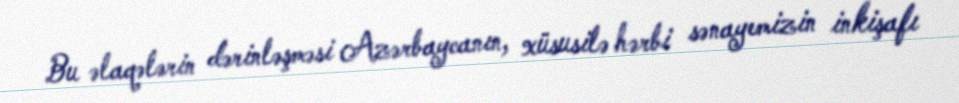
Bu əlaqələrin dərinləşməsi Azərbaycanın, xüsusilə hərbi sənayemizin inkişafı